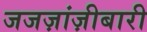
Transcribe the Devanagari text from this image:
जजज़ांज़ीबारी